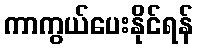
ကာကွယ်ပေးနိုင်ရန်